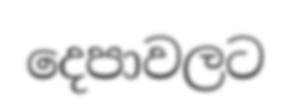
දෙපාවලට